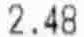
2.48